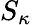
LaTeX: S_{\kappa}